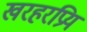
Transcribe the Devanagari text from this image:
खरहरप्रिय